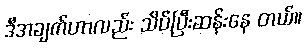
ဒီအချက်ဟာလည်း သိပ်ပြီးဆန်းနေ တယ်။